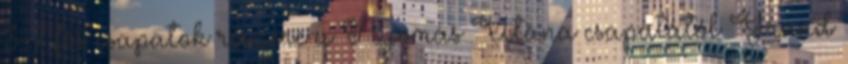
3-7 fős csapatok részére a Nyomás Utána csapatától Grand